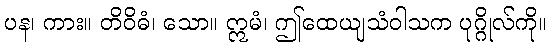
ပန၊ ကား။ တိဝိဓံ၊ သော။ ဣမံ၊ ဤထေယျသံဝါသက ပုဂ္ဂိုလ်ကို။